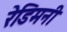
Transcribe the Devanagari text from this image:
रेडिमनी